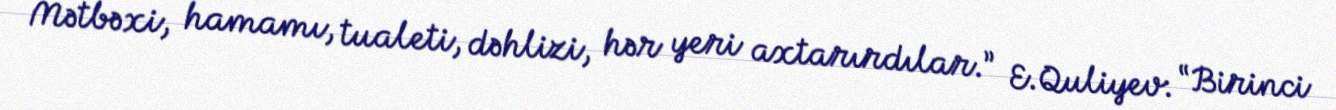
Mətbəxi, hamamı, tualeti, dəhlizi, hər yeri axtarırdılar.” E.Quliyev: “Birinci